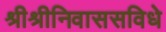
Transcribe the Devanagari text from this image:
श्रीश्रीनिवाससविधे